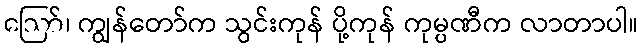
ဪ၊ ကျွန်တော်က သွင်းကုန် ပို့ကုန် ကုမ္ပဏီက လာတာပါ။